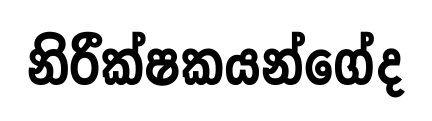
නිරීක්ෂකයන්ගේද